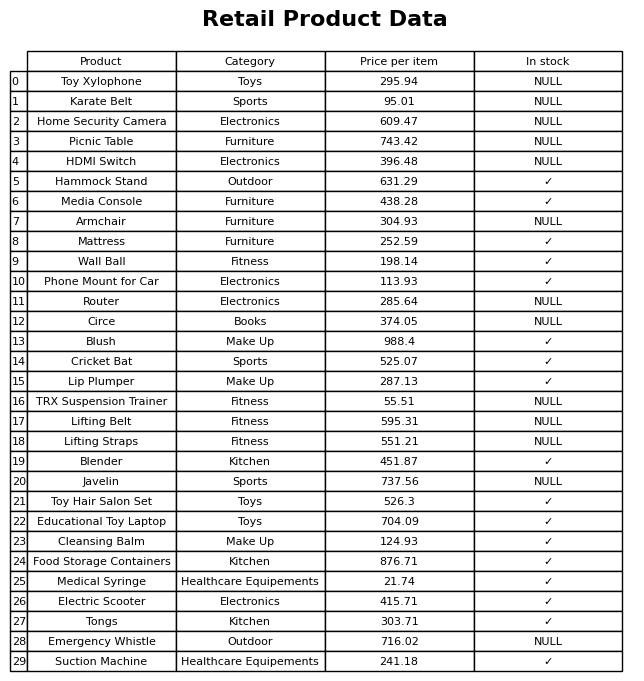
question: What is the price of the Circe?
answer: The price of Circe is 374.05.